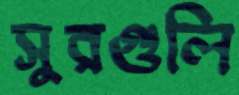
সুরগুলি